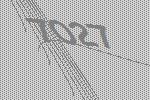
7027